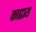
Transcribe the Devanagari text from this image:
काढाय